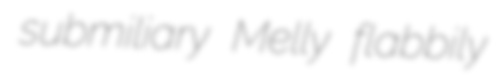
submiliary Melly flabbily